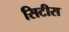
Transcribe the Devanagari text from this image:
सिटीस